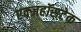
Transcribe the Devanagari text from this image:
एक्जहॉसटेक